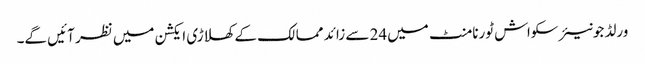
ورلڈ جونیئر سکواش ٹورنامنٹ میں24 سے زائد ممالک کے کھلاڑی ایکشن میں نظر آئیں گے۔